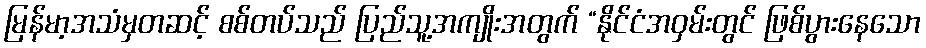
မြန်မာ့အသံမှတဆင့် စစ်တပ်သည် ပြည်သူ့အကျိုးအတွက် “နိုင်ငံအဝှမ်းတွင် ဖြစ်ပွားနေသော